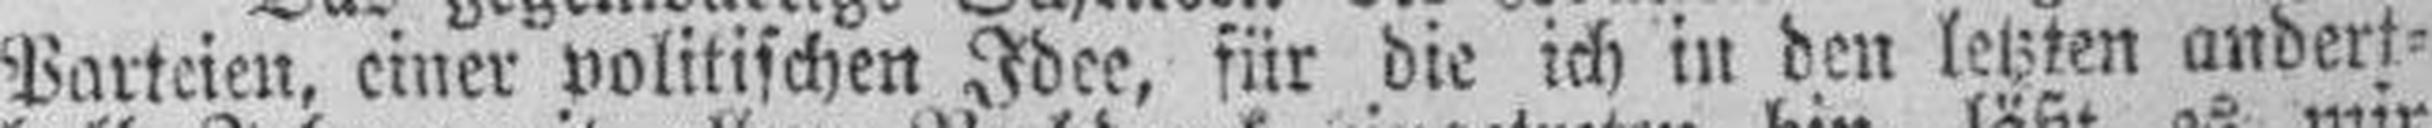
Parteien, einer politischen Idee, für die ich in den letzten andert¬